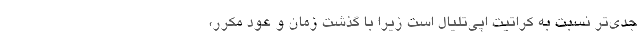
جدی‌تر نسبت به کراتیت اپی‌تلیال است زیرا با گذشت زمان و عود مکرر،